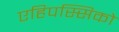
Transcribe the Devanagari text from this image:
एहिपस्सिको